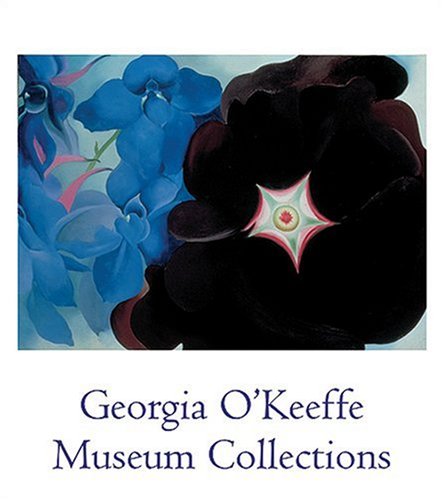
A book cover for Georgia O'Keeffe Museum Collection; Barbara Buhler Lynes; Arts & Photography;